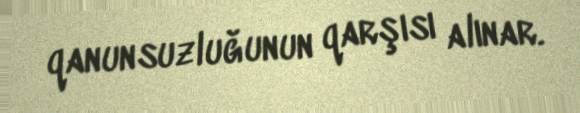
qanunsuzluğunun qarşısı alınar.